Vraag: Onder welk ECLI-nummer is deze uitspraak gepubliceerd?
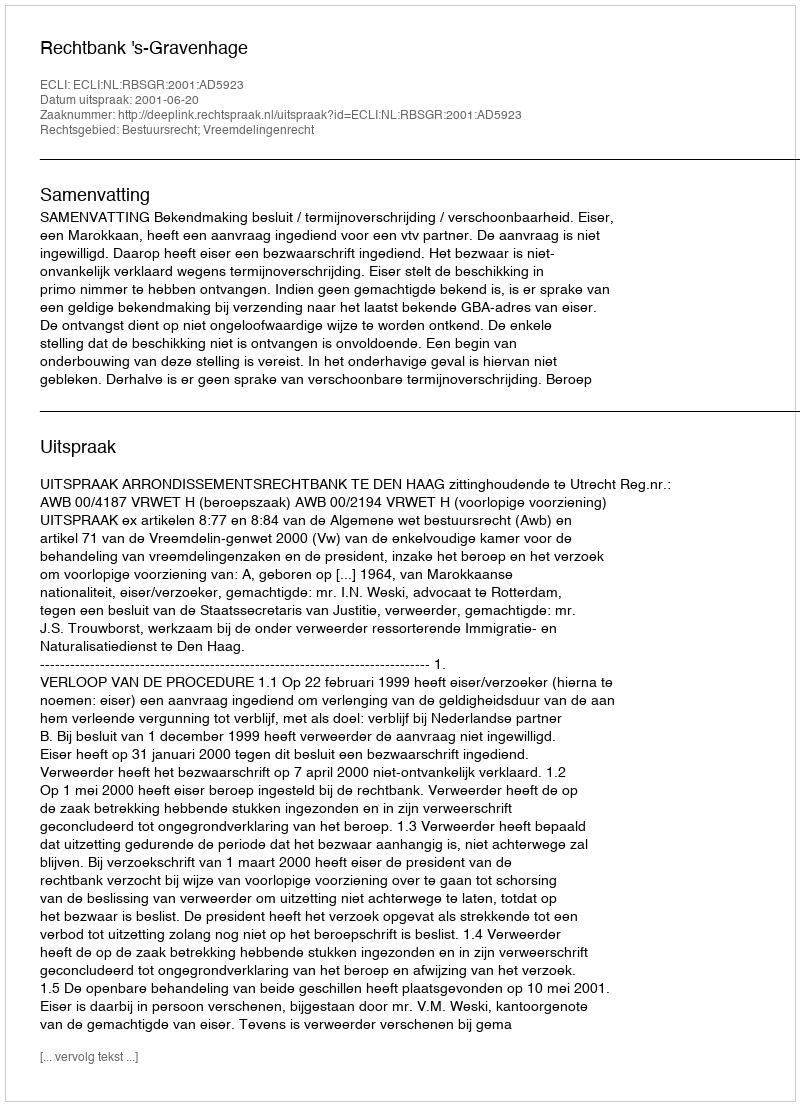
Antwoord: ECLI:NL:RBSGR:2001:AD5923